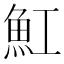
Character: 魟